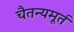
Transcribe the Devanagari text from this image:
चैतन्यमूर्त